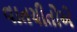
વાતચીતોએ